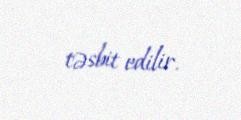
təsbit edilir.